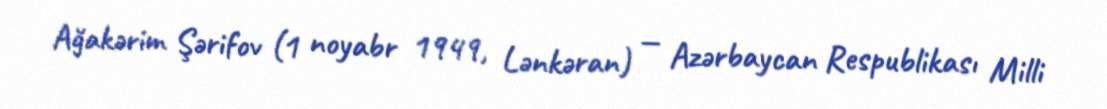
Ağakərim Şərifov (1 noyabr 1949, Lənkəran) — Azərbaycan Respublikası Milli